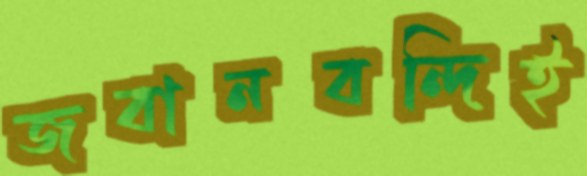
জবানবন্দিই